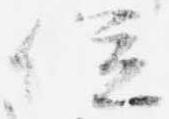
位